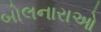
બોલનારાઓ